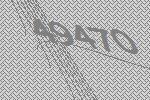
49470